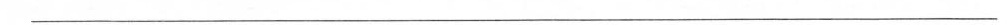
___